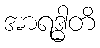
အာရဒ္ဓါတိ